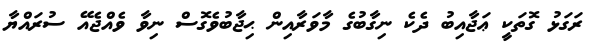
ރަގަޅު ގޮތަކީ ޢަޖާއިބު ދެކެ ނިގާބުގެ މާވަރާއިން ޙިޖާބުވެގޮސް ނިވާ ވެއްޖެއޭ ސުރައްޔާ